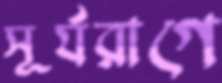
সূর্যরাগে